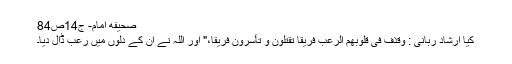
صحیفه امام- ج14ص84
کیا ارشاد ربانی : وَقَذَفَ فى قُلوُبِهِمُ الْرُّعْبَ فَریقاً تَقْتُلُونَ وَ تَأسِروُنَ فَریقاً،" اور اللہ نے ان کے دلوں میں رعب ڈال دیا۔